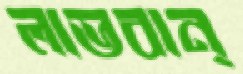
লাভবান্‌